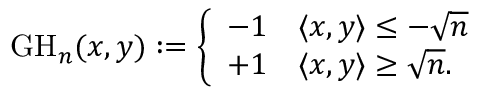
{ \mathrm { G H } } _ { n } ( x , y ) : = { \left\{ \begin{array} { l l } { - 1 } & { \langle x , y \rangle \leq - { \sqrt { n } } } \\ { + 1 } & { \langle x , y \rangle \geq { \sqrt { n } } . } \end{array} \right. }